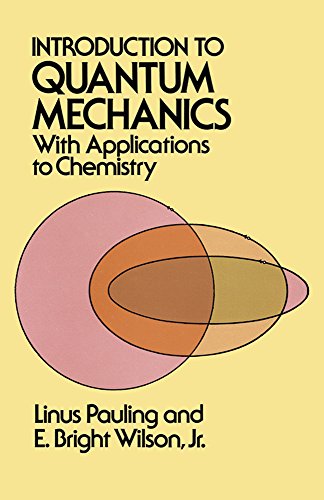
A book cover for Introduction to Quantum Mechanics with Applications to Chemistry (Dover Books on Physics); Linus Pauling; Science & Math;